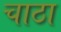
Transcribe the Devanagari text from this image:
चाठा